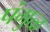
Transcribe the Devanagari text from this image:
पंगुळ